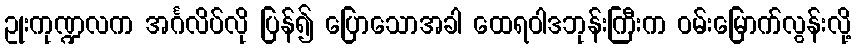
ဥုးကုဏ္ဍလက အင်္ဂလိပ်လို ပြန်၍ ပြောသောအခါ ထေရဝါဒဘုန်းကြီးက ဝမ်းမြောက်လွန်းလို့